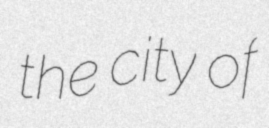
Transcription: the city of